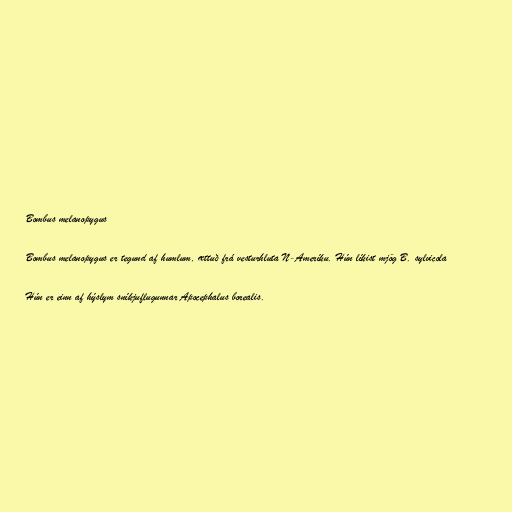
Bombus melanopygus

Bombus melanopygus er tegund af humlum, ættuð frá vesturhluta N-Ameríku. Hún líkist mjög B. sylvicola

Hún er einn af hýslym sníkjuflugunnar Apocephalus borealis.